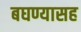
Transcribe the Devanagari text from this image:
बघण्यासह